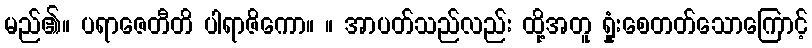
မည်၏။ ပရာဇေတီတိ ပါရာဇိကော။ ။ အာပတ်သည်လည်း ထို့အတူ ရှုံးစေတတ်သောကြောင့်